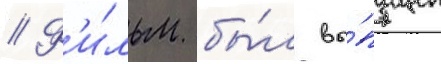
// Ф'и́льм бы́л вы́пущен